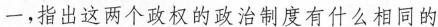
一，指出这两个政权的政治制度有什么相同的